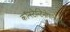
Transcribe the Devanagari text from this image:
कॉन्स्टेन्टिनोपलवरील